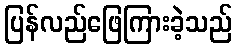
ပြန်လည်ဖြေကြားခဲ့သည်